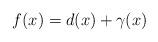
LaTeX: \begin{align*} f(x)=d(x)+\gamma(x) \end{align*}